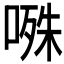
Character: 𭉝